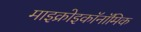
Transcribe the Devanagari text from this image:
माइक्रोइकॉनॉमिक